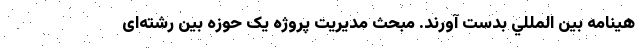
هينامه بين المللي بدست آورند. مبحث مدیریت پروژه یک حوزه بین رشته‌ای